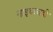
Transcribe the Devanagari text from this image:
नाइकवडी